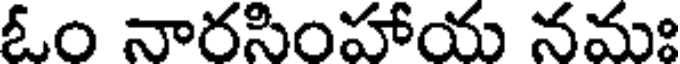
ఓం నారసింహాయ నమః